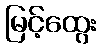
မြင့်ထွေး